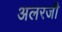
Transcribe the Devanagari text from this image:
अलरजी